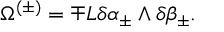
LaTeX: \Omega ^ { ( \pm ) } = \mp L \delta \alpha _ { \pm } \wedge \delta \beta _ { \pm } .